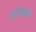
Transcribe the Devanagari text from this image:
क्रामनुसार